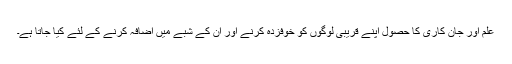
علم اور جان کاری کا حصول اپنے قریبی لوگوں کو خوفزدہ کرنے اور ان کے شبے میں اضافہ کرنے کے لئے کیا جاتا ہے۔